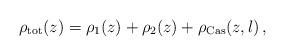
LaTeX: \begin{align*}\rho _{\rm tot} (z)=\rho _1 (z)+\rho _2(z) +\rho _{\rm Cas}(z,l)\, ,\end{align*}